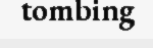
tombing